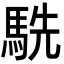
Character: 駪